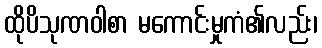
ထိုပိသုဏဝါစာ မကောင်းမှုကံ၏လည်း၊